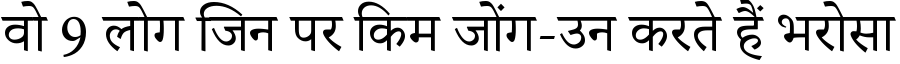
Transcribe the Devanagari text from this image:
वो 9 लोग जिन पर किम जोंग-उन करते हैं भरोसा